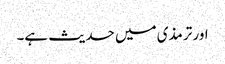
اور ترمذی میں حدیث ہے۔